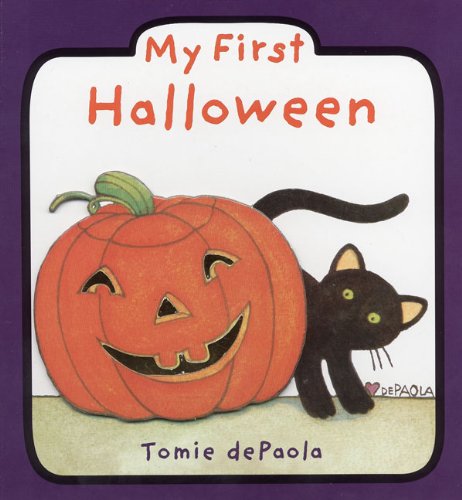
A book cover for My First Halloween; Tomie dePaola; Children's Books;